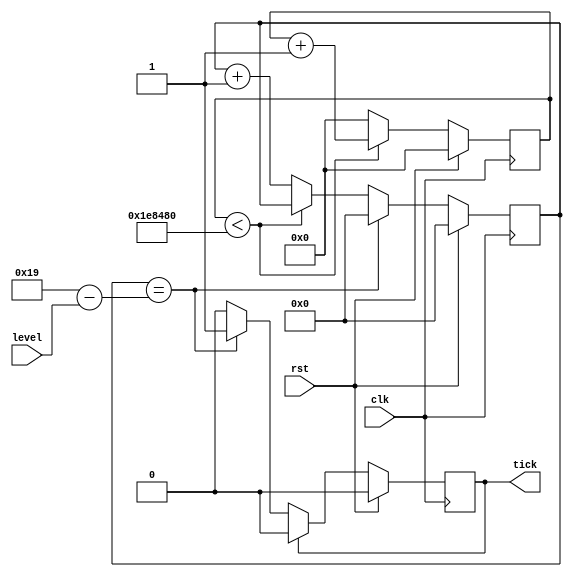
module ticker(input clk, input[7:0] level, output reg tick, input rst);
reg[31:0] cycles;
reg[4:0] count;
always @(posedge clk)
begin
    if(cycles < 2000000) 
        cycles <= cycles+1;
    else begin
        cycles <= 0;
        count <= count+5'd1;
    end
    if(count == 5'd25-level) begin 
        count <= 0;
        tick <= 1;
    end
    if(tick)
        tick <= 0;
    if(rst) begin
        tick <= 0;
        count <= 0;
        cycles <= 0;
    end
end
endmodule